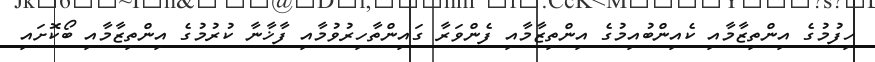
ހިފުމުގެ އިންތިޒާމާއި ކެއިންބުއިމުގެ އިންތިޒާމާއި ފެންވަރާ ގައިންތާހިރުވުމާއި ފާޚާނާ ކުރުމުގެ އިންތިޒާމާއި ބޯކޮށައި